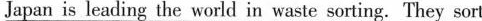
Japan is leading the world in waste sorting.They sort